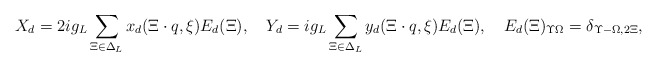
\begin{align*}X_d=2ig_L\sum_{\Xi\in\Delta_L}x_d(\Xi\cdot q, \xi)E_d(\Xi),\quad Y_d=ig_L\sum_{\Xi\in\Delta_L}y_d(\Xi\cdot q, \xi)E_d(\Xi),\quad E_d(\Xi)_{\Upsilon \Omega}=\delta_{\Upsilon-\Omega,2\Xi}, \end{align*}